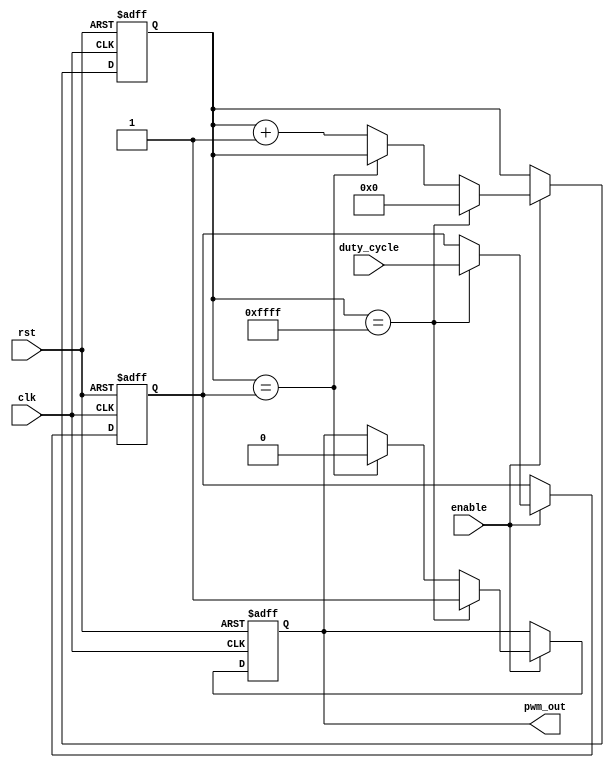
module pwm_timer (
  input wire clk,
  input wire rst,
  input wire enable,
  input wire [7:0] duty_cycle,
  output reg pwm_out
);

reg [15:0] count;
reg [7:0] compare_value;

always @ (posedge clk or posedge rst) begin
  if (rst) begin
    count <= 0;
    compare_value <= 0;
    pwm_out <= 0;
  end else begin
    if (enable) begin
      if (count == 16'hFFFF) begin
        count <= 0;
        compare_value <= duty_cycle;
        pwm_out <= 1;
      end else if (count == compare_value) begin
        pwm_out <= 0;
      end else begin
        count <= count + 1;
      end
    end
  end
end

endmodule